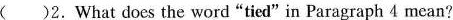
（）2.What does the word "tied" in Paragraph 4 mcan?